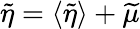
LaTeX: \widetilde{\eta}=\left<\widetilde{\eta}\right>+\widetilde{\mu}